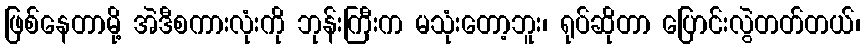
ဖြစ်နေတာမို့ အဲဒီစကားလုံးကို ဘုန်းကြီးက မသုံးတော့ဘူး၊ ရုပ်ဆိုတာ ပြောင်းလွဲတတ်တယ်၊